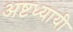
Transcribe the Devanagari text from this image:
अष्टध्यायी